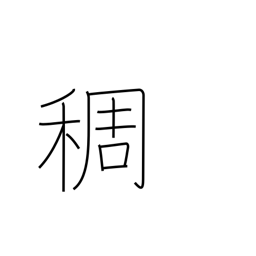
Meaning: density